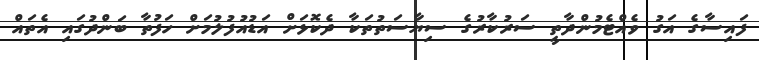
ފައިސާގެ އަގު ވެއްޓެމުންދާތީ ސަރުކާރުގެ ސިޔާސަތުތަކާ ދެކޮޅަށް އަޑުއުފުލުމަށް ހަފުތާ ބަންދުގައި އެތައް